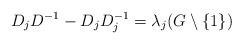
LaTeX: \begin{align*}D_jD^{-1}-D_jD_j^{-1}=\lambda_j(G\setminus\{1\})\end{align*}